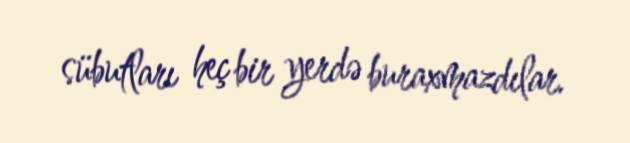
sübutları heç bir yerdə buraxmazdılar.